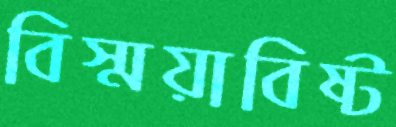
বিস্ময়াবিষ্ট